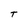
Character: t